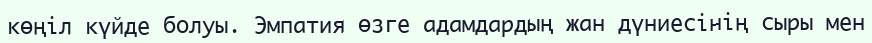
көңіл күйде болуы. Эмпатия өзге адамдардың жан дүниесінің сыры мен